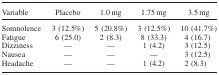
<table><thead><tr><td><b>Variable</b></td><td><b>Placebo</b></td><td><b>1.0 mg</b></td><td><b>1.75 mg</b></td><td><b>3.5mg</b></td></tr></thead><tbody><tr><td>Somnolence</td><td>3 (12.5%)</td><td>5 (20.8%)</td><td>3 (12.5%)</td><td>10 (41.7%)</td></tr><tr><td>Fatigue</td><td>6 (25.0)</td><td>2 (8.3)</td><td>8 (33.3)</td><td>4 (16.7)</td></tr><tr><td>Dizziness</td><td>—</td><td>—</td><td>1 (4.2)</td><td>3 (12.5)</td></tr><tr><td>Nausea</td><td>—</td><td>—</td><td>—</td><td>3 (12.5)</td></tr><tr><td>Headache</td><td>—</td><td>—</td><td>1 (4.2)</td><td>2 (8.3)</td></tr></tbody></table>